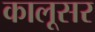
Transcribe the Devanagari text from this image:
कालूसर